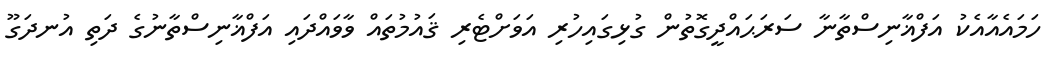
ހަމައެއާއެކު އަފްޣާނިސްތާނާ ސަރަޙައްދީގޮތުން ގުޅިގައިހުރި އަވަށްޓެރި ޤައުމުތައް ވާވައްދައި އަފްޣާނިސްތާނުގެ ދަތި އުނދަގޫ